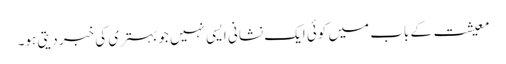
معیشت کے باب میں کوئی ایک نشانی ایسی نہیں جو بہتری کی خبر دیتی ہو۔